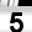
Digit: 5